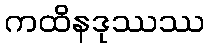
ကထိနဒုဿဿ